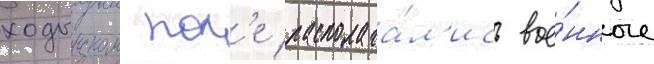
ходынском пол'е располага́л'ись вое́нные